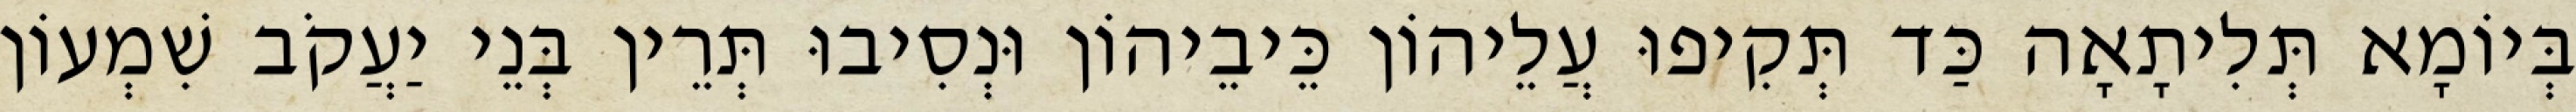
בְּיוֹמָא תְּלִיתָאָה כַּד תְּקִיפוּ עֲלֵיהוֹן כֵּיבֵיהוֹן וּנְסִיבוּ תְּרֵין בְּנֵי יַעֲקֹב שִׁמְעוֹן